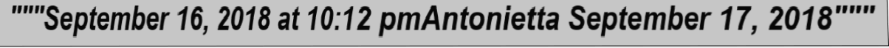
"""September 16, 2018 at 10:12 pmAntonietta September 17, 2018"""